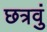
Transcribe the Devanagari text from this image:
छत्रवुं